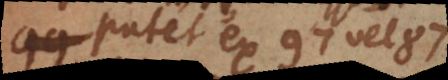
Patet ex 97 vel 87,